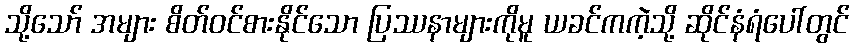
သို့သော် အများ စိတ်ဝင်စားနိုင်သော ပြဿနာများကိုမူ ယခင်ကကဲ့သို့ ဆိုင်နံရံပေါ်တွင်